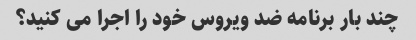
چند بار برنامه ضد ویروس خود را اجرا می کنید؟